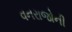
વનરાજોની